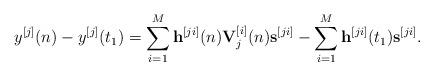
LaTeX: \begin{align*}{y^{[j]}}(n) - {y^{[j]}}({t_1}) = \sum\limits_{i = 1}^M {{{\bf{h}}^{[ji]}}(n){\bf{V}}_j^{[i]}(n){{\bf{s}}^{[ji]}}} - \sum\limits_{i = 1}^M {{{\bf{h}}^{[ji]}}({t_1}){{\bf{s}}^{[ji]}}}.\end{align*}